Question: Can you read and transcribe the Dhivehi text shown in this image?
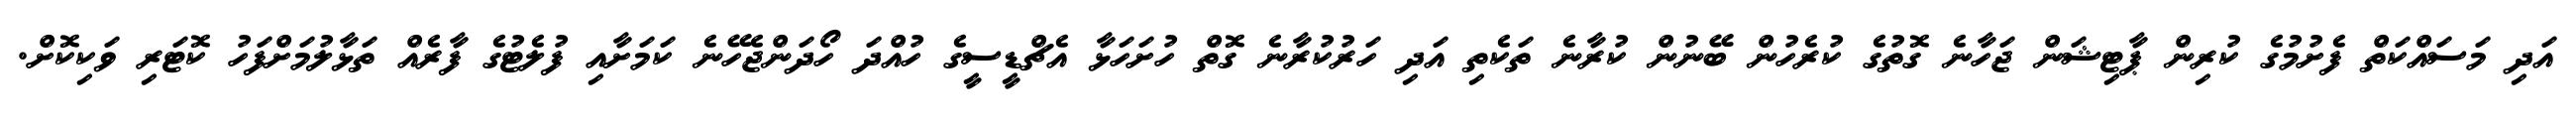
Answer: އަދި މަސައްކަތް ފެށުމުގެ ކުރިން ޕާޓިޝަން ޖަހާނެ ގޮތުގެ ކުރެހުން ބޭނުން ކުރާނެ ތަކެތި އަދި ހަރުކުރާނެ ގޮތް ހުށަހަޅާ އެޗްޑީސީގެ ހުއްދަ ހޯދަންޖެހޭނެ ކަމަށާއި ފުލެޓުގެ ފާރެއް ތަޅާލުމަށްފަހު ކޮޓަރި ވަކިކޮށް.